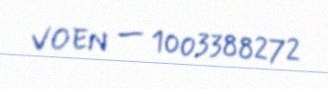
VOEN — 1003388272